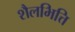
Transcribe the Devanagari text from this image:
शैलभित्ति